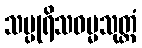
သပ္ပုရိသဓမ္မသုတ္တံ